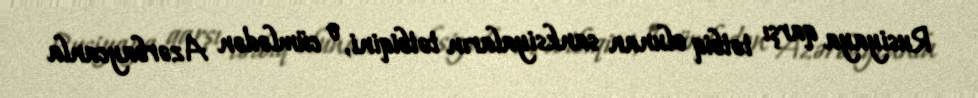
Rusiyaya qarşı tətbiq olunan sanksiyaların tətbiqini, o cümlədən Azərbaycanla